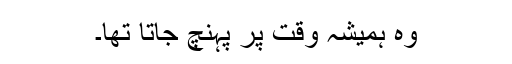
وہ ہمیشہ وقت پر پہنچ جاتا تھا۔